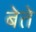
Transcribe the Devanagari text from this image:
बेते